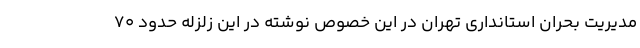
مدیریت بحران استانداری تهران در این خصوص نوشته در این زلزله حدود ۷۰